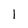
Character: I